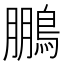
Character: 鵬